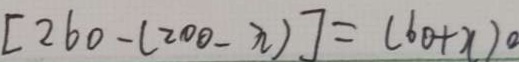
[ 2 6 0 - ( 2 0 0 - n ) ] = ( 6 0 + x ) 0